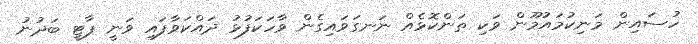
ހުސައިން މަނިކުމައުމޫން ވަކި ތަންކޮޅެއް ނަނގަވައިގެން ވާހަކަފުޅު ދައްކަވާފައި ވަނީ ޕާޓީ ބަދުނު